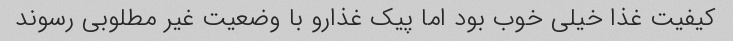
کیفیت غذا خیلی خوب بود اما پیک غذارو با وضعیت غیر مطلوبی رسوند